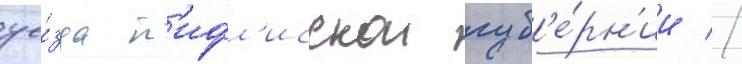
уе́зда т'ифл'исскои губ'е́рн'ии //